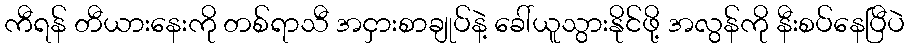
ကီရန် တီယားနေးကို တစ်ရာသီ အငှားစာချုပ်နဲ့ ခေါ်ယူသွားနိုင်ဖို့ အလွန်ကို နီးစပ်နေပြီပဲ